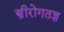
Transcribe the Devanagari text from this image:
स्त्रीरोगतज्ञ